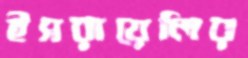
ইসরায়েলির